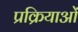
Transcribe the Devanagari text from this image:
प्रक्रियाओं